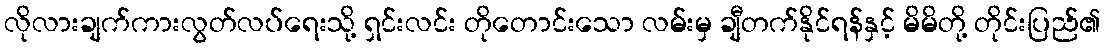
လိုလားချက်ကားလွတ်လပ်ရေးသို့ ရှင်းလင်း တိုတောင်းသော လမ်းမှ ချီတက်နိုင်ရန်နှင့် မိမိတို့ တိုင်းပြည်၏